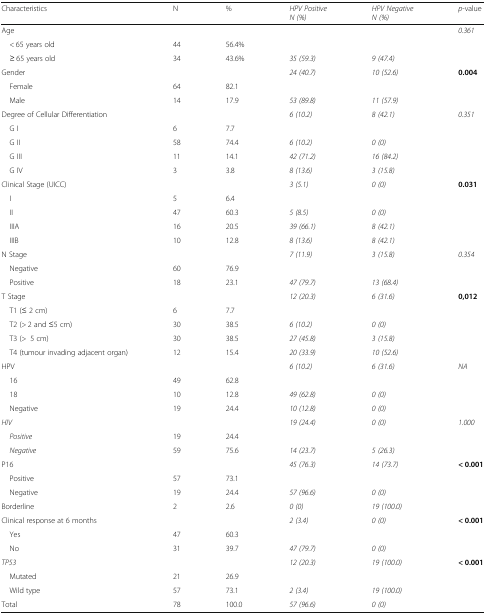
<table><thead><tr><td><b>Characteristics</b></td><td><b>N</b></td><td><b>%</b></td><td><b><i>HPV Positive</i><i>N (%)</i></b></td><td><b><i>HPV Negative</i><i>N (%)</i></b></td><td><b><i>p</i>-value</b></td></tr></thead><tbody><tr><td>Age</td><td></td><td></td><td></td><td></td><td><i>0.361</i></td></tr><tr><td> &lt; 65 years old</td><td>44</td><td>56.4%</td><td></td><td></td><td></td></tr><tr><td> ≥ 65 years old</td><td>34</td><td>43.6%</td><td><i>35 (59.3)</i></td><td><i>9 (47.4)</i></td><td></td></tr><tr><td>Gender</td><td></td><td></td><td><i>24 (40.7)</i></td><td><i>10 (52.6)</i></td><td><b>0.004</b></td></tr><tr><td> Female</td><td>64</td><td>82.1</td><td></td><td></td><td></td></tr><tr><td> Male</td><td>14</td><td>17.9</td><td><i>53 (89.8)</i></td><td><i>11 (57.9)</i></td><td></td></tr><tr><td>Degree of Cellular Differentiation</td><td></td><td></td><td><i>6 (10.2)</i></td><td><i>8 (42.1)</i></td><td><i>0.351</i></td></tr><tr><td> G I</td><td>6</td><td>7.7</td><td></td><td></td><td></td></tr><tr><td> G II</td><td>58</td><td>74.4</td><td><i>6 (10.2)</i></td><td><i>0 (0)</i></td><td></td></tr><tr><td> G III</td><td>11</td><td>14.1</td><td><i>42 (71.2)</i></td><td><i>16 (84.2)</i></td><td></td></tr><tr><td> G IV</td><td>3</td><td>3.8</td><td><i>8 (13.6)</i></td><td><i>3 (15.8)</i></td><td></td></tr><tr><td>Clinical Stage (UICC)</td><td></td><td></td><td><i>3 (5.1)</i></td><td><i>0 (0)</i></td><td><b>0.031</b></td></tr><tr><td> I</td><td>5</td><td>6.4</td><td></td><td></td><td></td></tr><tr><td> II</td><td>47</td><td>60.3</td><td><i>5 (8.5)</i></td><td><i>0 (0)</i></td><td></td></tr><tr><td> IIIA</td><td>16</td><td>20.5</td><td><i>39 (66.1)</i></td><td><i>8 (42.1)</i></td><td></td></tr><tr><td> IIIB</td><td>10</td><td>12.8</td><td><i>8 (13.6)</i></td><td><i>8 (42.1)</i></td><td></td></tr><tr><td>N Stage</td><td></td><td></td><td><i>7 (11.9)</i></td><td><i>3 (15.8)</i></td><td><i>0.354</i></td></tr><tr><td> Negative</td><td>60</td><td>76.9</td><td></td><td></td><td></td></tr><tr><td> Positive</td><td>18</td><td>23.1</td><td><i>47 (79.7)</i></td><td><i>13 (68.4)</i></td><td></td></tr><tr><td>T Stage</td><td></td><td></td><td><i>12 (20.3)</i></td><td><i>6 (31.6)</i></td><td><b>0,012</b></td></tr><tr><td> T1 (≤ 2 cm)</td><td>6</td><td>7.7</td><td></td><td></td><td></td></tr><tr><td> T2 (&gt; 2 and ≤5 cm)</td><td>30</td><td>38.5</td><td><i>6 (10.2)</i></td><td><i>0 (0)</i></td><td></td></tr><tr><td> T3 (&gt;5 cm)</td><td>30</td><td>38.5</td><td><i>27 (45.8)</i></td><td><i>3 (15.8)</i></td><td></td></tr><tr><td> T4 (tumour invading adjacent organ)</td><td>12</td><td>15.4</td><td><i>20 (33.9)</i></td><td><i>10 (52.6)</i></td><td></td></tr><tr><td>HPV</td><td></td><td></td><td><i>6 (10.2)</i></td><td><i>6 (31.6)</i></td><td><i>NA</i></td></tr><tr><td> 16</td><td>49</td><td>62.8</td><td></td><td></td><td></td></tr><tr><td> 18</td><td>10</td><td>12.8</td><td><i>49 (62.8)</i></td><td><i>0 (0)</i></td><td></td></tr><tr><td> Negative</td><td>19</td><td>24.4</td><td><i>10 (12.8)</i></td><td><i>0 (0)</i></td><td></td></tr><tr><td><i>HIV</i></td><td></td><td></td><td><i>19 (24.4)</i></td><td><i>0 (0)</i></td><td><i>1.000</i></td></tr><tr><td> <i>Positive</i></td><td>19</td><td>24.4</td><td></td><td></td><td></td></tr><tr><td> <i>Negative</i></td><td>59</td><td>75.6</td><td><i>14 (23.7)</i></td><td><i>5 (26.3)</i></td><td></td></tr><tr><td>P16</td><td></td><td></td><td><i>45 (76.3)</i></td><td><i>14 (73.7)</i></td><td><b>&lt; 0.001</b></td></tr><tr><td> Positive</td><td>57</td><td>73.1</td><td></td><td></td><td></td></tr><tr><td> Negative</td><td>19</td><td>24.4</td><td><i>57 (96.6)</i></td><td><i>0 (0)</i></td><td></td></tr><tr><td>Borderline</td><td>2</td><td>2.6</td><td><i>0 (0)</i></td><td><i>19 (100.0)</i></td><td></td></tr><tr><td>Clinical response at 6 months</td><td></td><td></td><td><i>2 (3.4)</i></td><td><i>0 (0)</i></td><td><b>&lt; 0.001</b></td></tr><tr><td> Yes</td><td>47</td><td>60.3</td><td></td><td></td><td></td></tr><tr><td> No</td><td>31</td><td>39.7</td><td><i>47 (79.7)</i></td><td><i>0 (0)</i></td><td></td></tr><tr><td><i>TP53</i></td><td></td><td></td><td><i>12 (20.3)</i></td><td><i>19 (100.0)</i></td><td><b>&lt; 0.001</b></td></tr><tr><td> Mutated</td><td>21</td><td>26.9</td><td></td><td></td><td></td></tr><tr><td> Wild type</td><td>57</td><td>73.1</td><td><i>2 (3.4)</i></td><td><i>19 (100.0)</i></td><td></td></tr><tr><td>Total</td><td>78</td><td>100.0</td><td><i>57 (96.6)</i></td><td><i>0 (0)</i></td><td></td></tr></tbody></table>